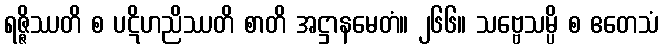
ရဇ္ဇိဿတိ စ ပဋိဟညိဿတိ စာတိ အဋ္ဌာနမေတံ။ ၂၆၆။ သဗ္ဗေသမ္ပိ စ ဧတေသံ